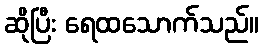
ဆိုပြီး ရေထသောက်သည်။